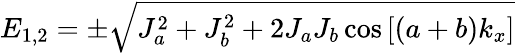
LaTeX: E_{1,2}=\pm\sqrt{J_{a}^{2}+J_{b}^{2}+2J_{a}J_{b}\cos{[(a+b)k_{x}]}}